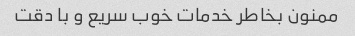
ممنون بخاطر خدمات خوب سریع و با دقت